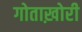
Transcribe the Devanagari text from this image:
गोताख़ोरी